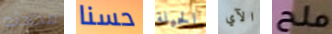
محادثه حسنا الحيلة الآي ملح